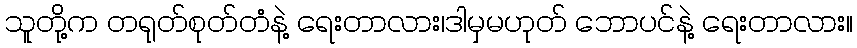
သူတို့က တရုတ်စုတ်တံနဲ့ ရေးတာလား၊ဒါမှမဟုတ် ဘောပင်နဲ့ ရေးတာလား။